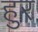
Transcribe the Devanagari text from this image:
हुर